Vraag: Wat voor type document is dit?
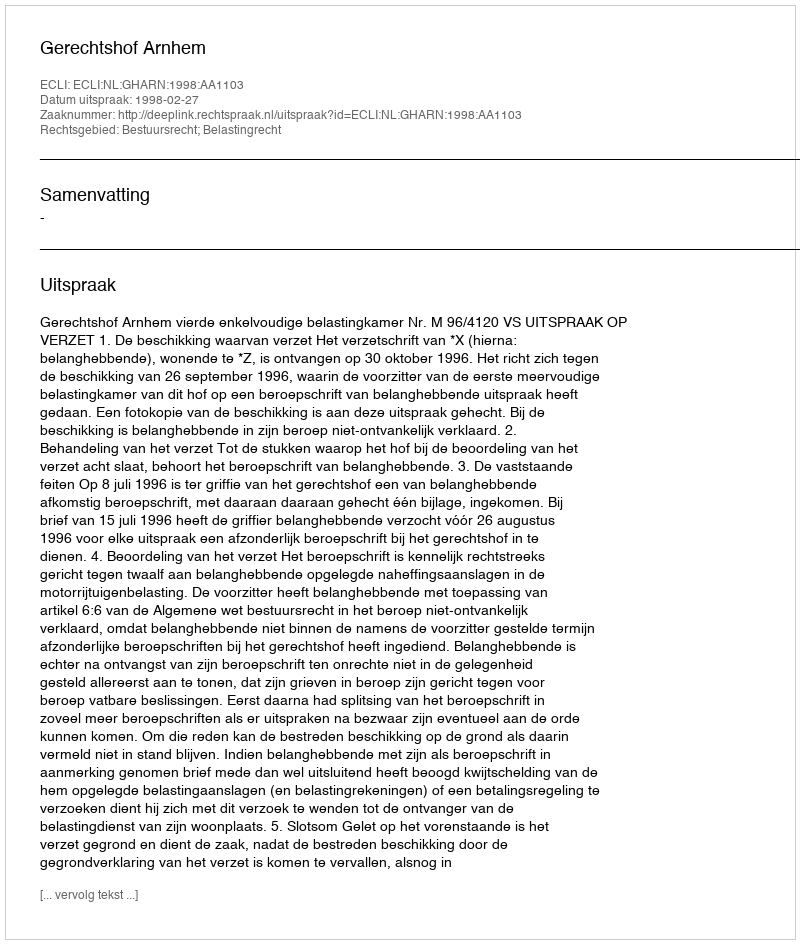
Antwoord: Uitspraak